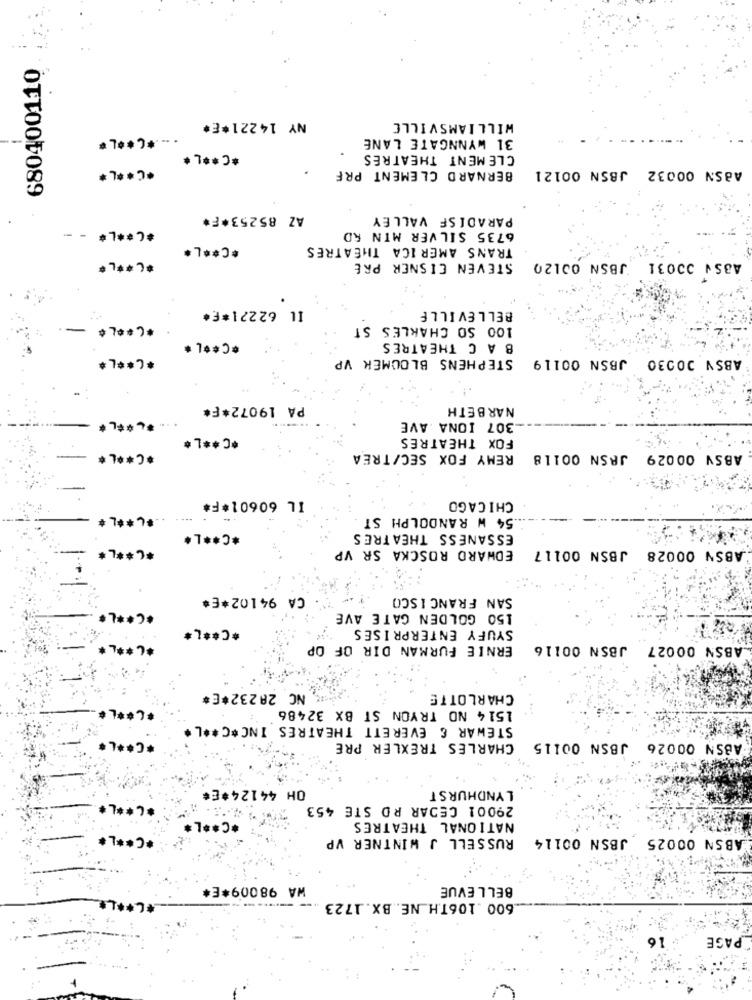
680400110
NY 14221*E*
WILLIAMSVILLE
....* C ** L*
31 WYNNGATE LANE
*C ** L *
CLEMENT THEATRES
ABSN 00032 JBSN 00121
*C ***
BERNARD CLEMENT PRF
AZ 85253*F*
PARADISE VALLEY
*C ** L* - -
6735 SILVER MIN RD
*C ** L*
TRANS AMERICA THEATRES
**** L*
STEVEN EISNER PRE
ABSN 00031 JBSN 00120
Il 62221 ***
BELLEVILLE
100 SO CHARLES ST
*C ** L *
B A C THEATRES
*C ** L*
STEPHENS BLOUMEK VP
ABSY 00030 JBSN 00119
PA 19072*F*
NARBETH
.. *****
307 IONA AVE
*C ** L*
FOX THEATRES
*C ** L*
REMY FOX SEC/TREA
ABSY 00029 JASN 00118
IL 60601*F*
CHICAGO
54 W RANDOLPH ST
*C ** L*
ESSANESS THEATRES
*C ** L*
EDWARD ROSCKA SR VP
ABSN 00028 JBSN 00117
CA 94102*E*
SAN FRANCISCO
******
150 GOLDEN GATE AVE
*C ** L*
SYUFY ENTERPRISES
*C ** L
ERNIE FURMAN DIR OF OP
ABSN 00027 JBSN 00116
NC 28232*E*
CHARLOTTE
******
1514 NO TRYON ST BX 32486
STEWAR & EVERETT THEATRES INC*C ** L*
*C ****
CHARLES TREXLER PRE
ABSN 00026 JBSN 00115
OH 44124*E
LYNDHURST
*C ***
29001 CEDAR RD STE 453
*C ** L
NATIONAL THEATRES
*C ** L
RUSSELL J WINTNER VP
ABSN 00025 JBSN 00114
WA 98009*E*
BELLEVUE
600 .106TH NE. BX. 1723
16
PAGE